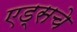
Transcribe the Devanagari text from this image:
एड्‌सचे